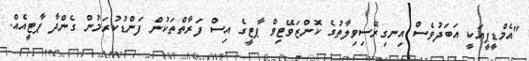
"އެމްޑީޕީއަކީ އަބަދުވެސް އިނގިރޭސިވިލާތުގެ ކޮންޒަވޭޓިވް ޕާޓީގެ އިސް ފަރާތްތަކުން ފަންޑުކުރަމުން ގެންދާ ޕާޓީއެއް.